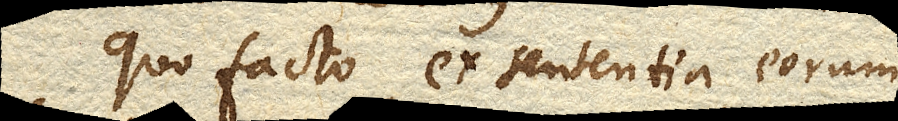
Quo facto ex sententia eorum